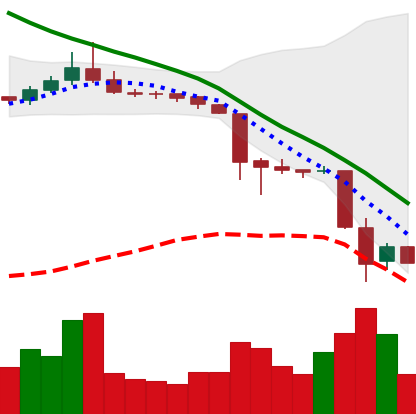
Ticker: TRX-USD
Chart end date: 2018-11-22
Forward return: -14.565%
Label: down_7plus